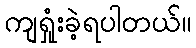
ကျရှုံးခဲ့ရပါတယ်။